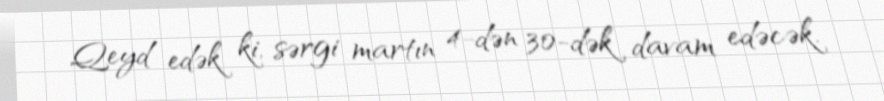
Qeyd edək ki, sərgi martın 4-dən 30-dək davam edəcək.